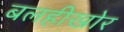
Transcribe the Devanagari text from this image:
बलहीखोर